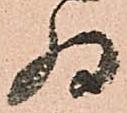
為